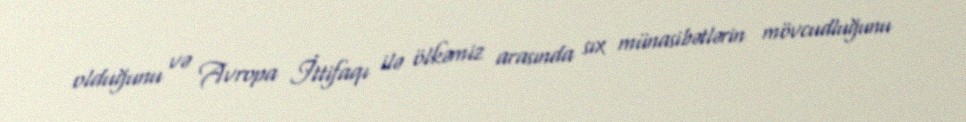
olduğunu və Avropa İttifaqı ilə ölkəmiz arasında sıx münasibətlərin mövcudluğunu